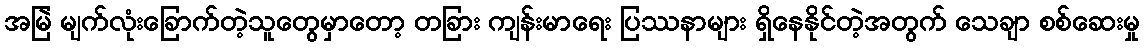
အမြဲ မျက်လုံးခြောက်တဲ့သူတွေမှာတော့ တခြား ကျန်းမာရေး ပြဿနာများ ရှိနေနိုင်တဲ့အတွက် သေချာ စစ်ဆေးမှု